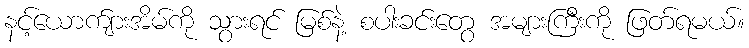
နင့်ယောက်ျားအိမ်ကို သွားရင် မြစ်နဲ့ စပါးခင်းတွေ အများကြီးကို ဖြတ်ရမယ်။